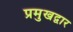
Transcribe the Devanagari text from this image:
प्रमुखद्वार